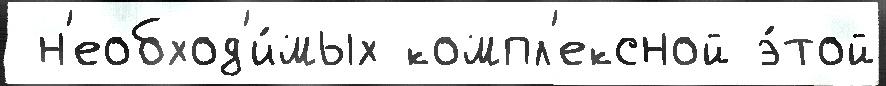
 н'еобход'и́мых компл'ексной э́той